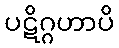
ပဋိဂ္ဂဟာပိ